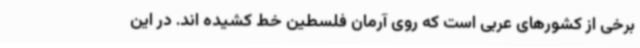
برخی از کشورهای عربی است که روی آرمان فلسطین خط کشیده اند. در این